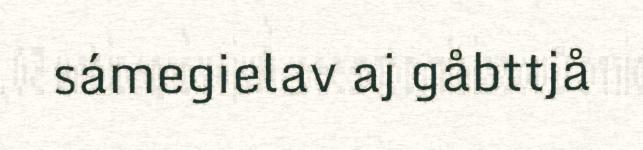
sámegielav aj gåbttjå